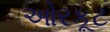
ઓરકૂટ